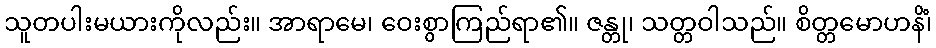
သူတပါးမယားကိုလည်း။ အာရာမေ၊ ဝေးစွာကြည်ရာ၏။ ဇန္တု၊ သတ္တဝါသည်။ စိတ္တမောဟနိံ၊